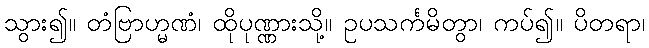
သွား၍။ တံဗြာဟ္မဏံ၊ ထိုပုဏ္ဏားသို့။ ဥပသင်္ကမိတွာ၊ ကပ်၍။ ပိတရာ၊